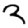
Digit: 3